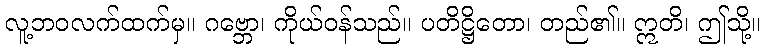
လူ့ဘဝလက်ထက်မှ။ ဂဗ္ဘော၊ ကိုယ်ဝန်သည်။ ပတိဋ္ဌိတော၊ တည်၏။ ဣတိ၊ ဤသို့။